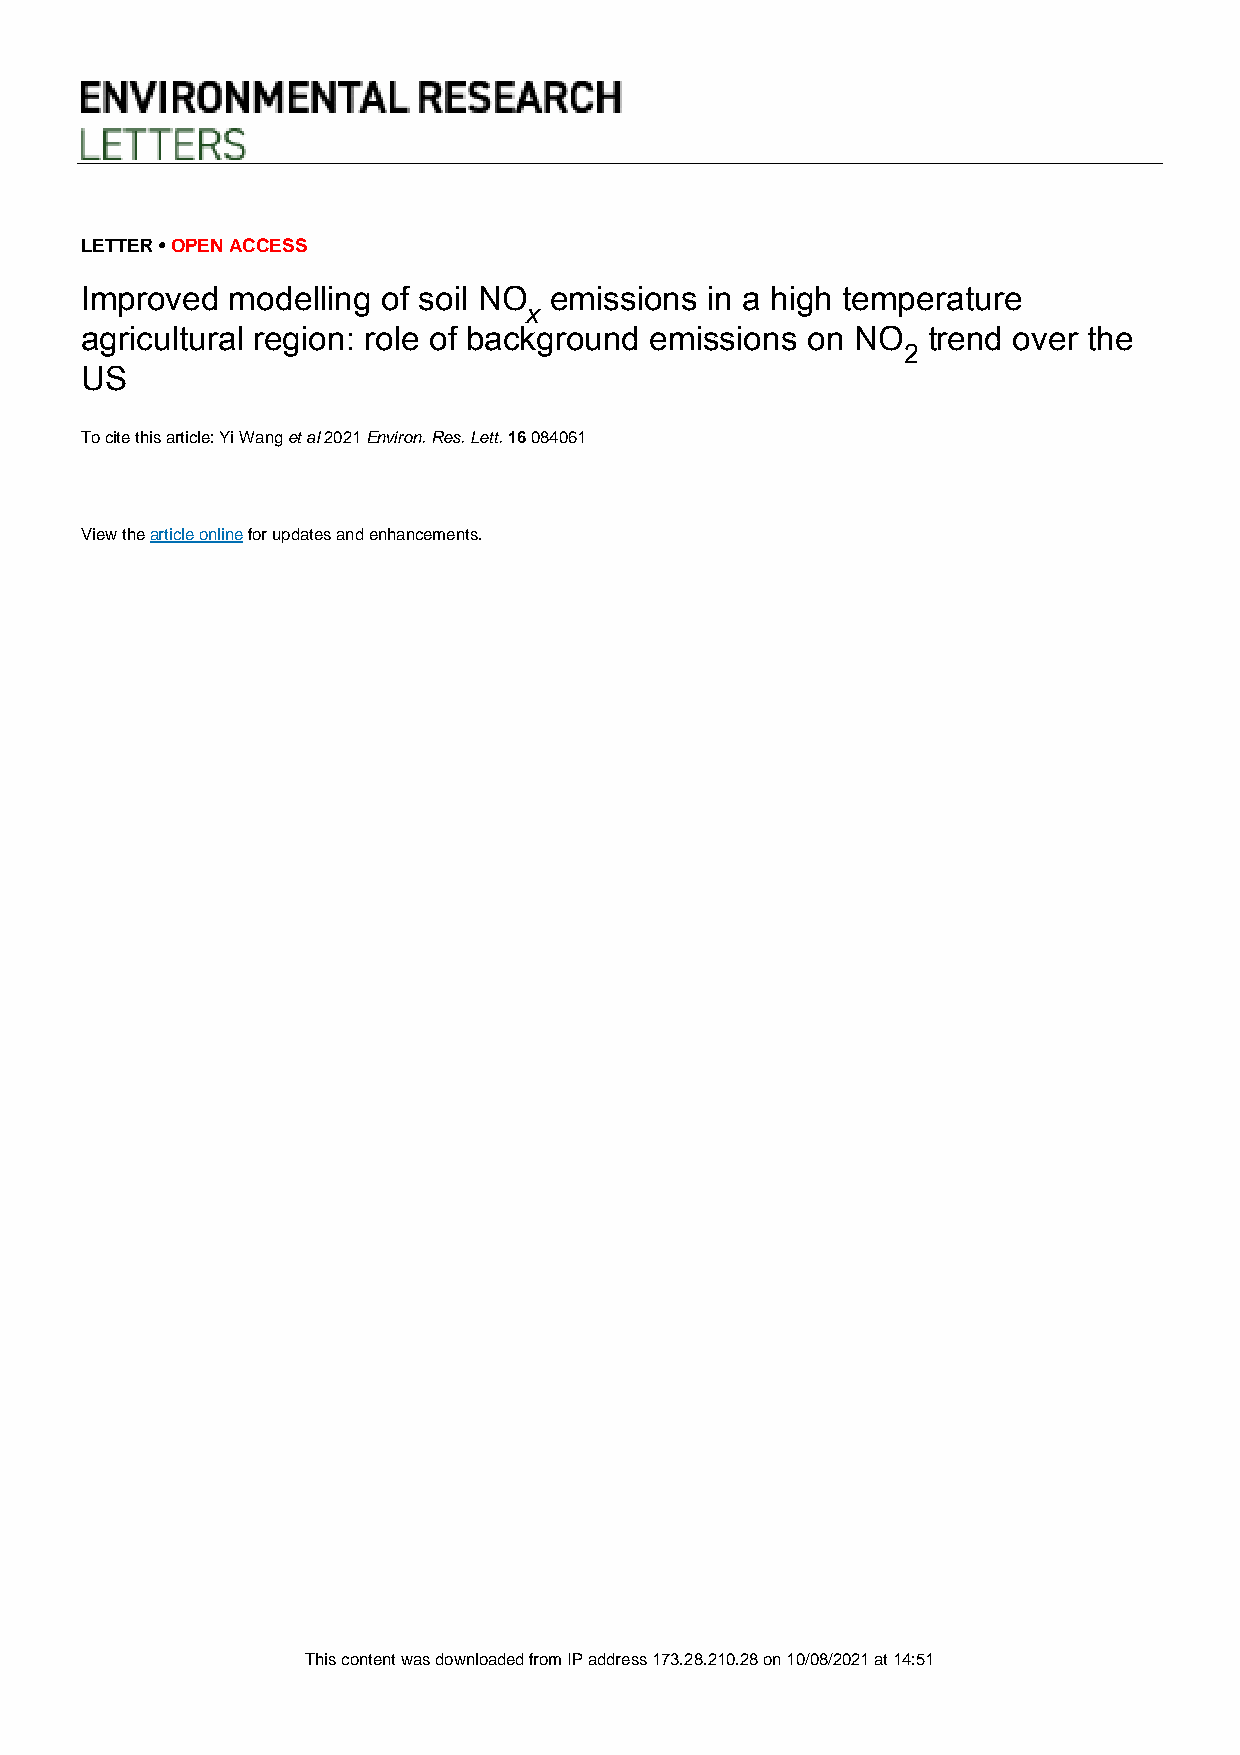
LETTER • OPEN ACCESS
 Improved  modelling of soil NO emissions  in a high temperature
 x
 agricultural region: role of background emissions on NO trend over the
 2
 US
 To cite this article: Yi Wang et al 2021 Environ. Res. Lett. 16 084061
 View the article online for updates and enhancements.
 This content was downloaded from IP address 173.28.210.28 on 10/08/2021 at 14:51